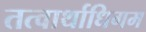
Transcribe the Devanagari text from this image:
तत्वार्थाधिगम